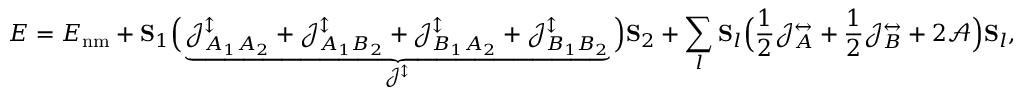
E = E _ { \mathrm { n m } } + { \bf S } _ { 1 } \Big ( \underbrace { \mathcal { J } _ { A _ { 1 } A _ { 2 } } ^ { \updownarrow } + \mathcal { J } _ { A _ { 1 } B _ { 2 } } ^ { \updownarrow } + \mathcal { J } _ { B _ { 1 } A _ { 2 } } ^ { \updownarrow } + \mathcal { J } _ { B _ { 1 } B _ { 2 } } ^ { \updownarrow } } _ { \mathcal { J } ^ { \updownarrow } } \Big ) { \bf S } _ { 2 } + \sum _ { l } { \bf S } _ { l } \Big ( \frac { 1 } { 2 } \mathcal { J } _ { A } ^ { \leftrightarrow } + \frac { 1 } { 2 } \mathcal { J } _ { B } ^ { \leftrightarrow } + 2 \mathcal { A } \Big ) { \bf S } _ { l } ,